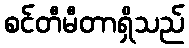
စင်တီမီတာရှိသည်